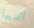
ألديها